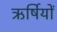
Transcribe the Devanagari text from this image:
ऋर्षियों